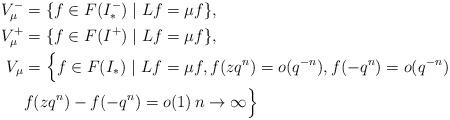
LaTeX: \begin{align*} V_\mu^-&=\{ f \in F(I^-_*) \mid Lf=\mu f \},\\V_\mu^+&=\{ f\in F(I^+)\mid Lf =\mu f \},\\V_\mu &= \Big\{ f \in F(I_*) \ | \ Lf=\mu f, f(zq^n)=o(q^{-n}), f(-q^n) = o(q^{-n})\\ & f(zq^n)-f(-q^n) = o(1)\, n \to \infty \Big\}\end{align*}